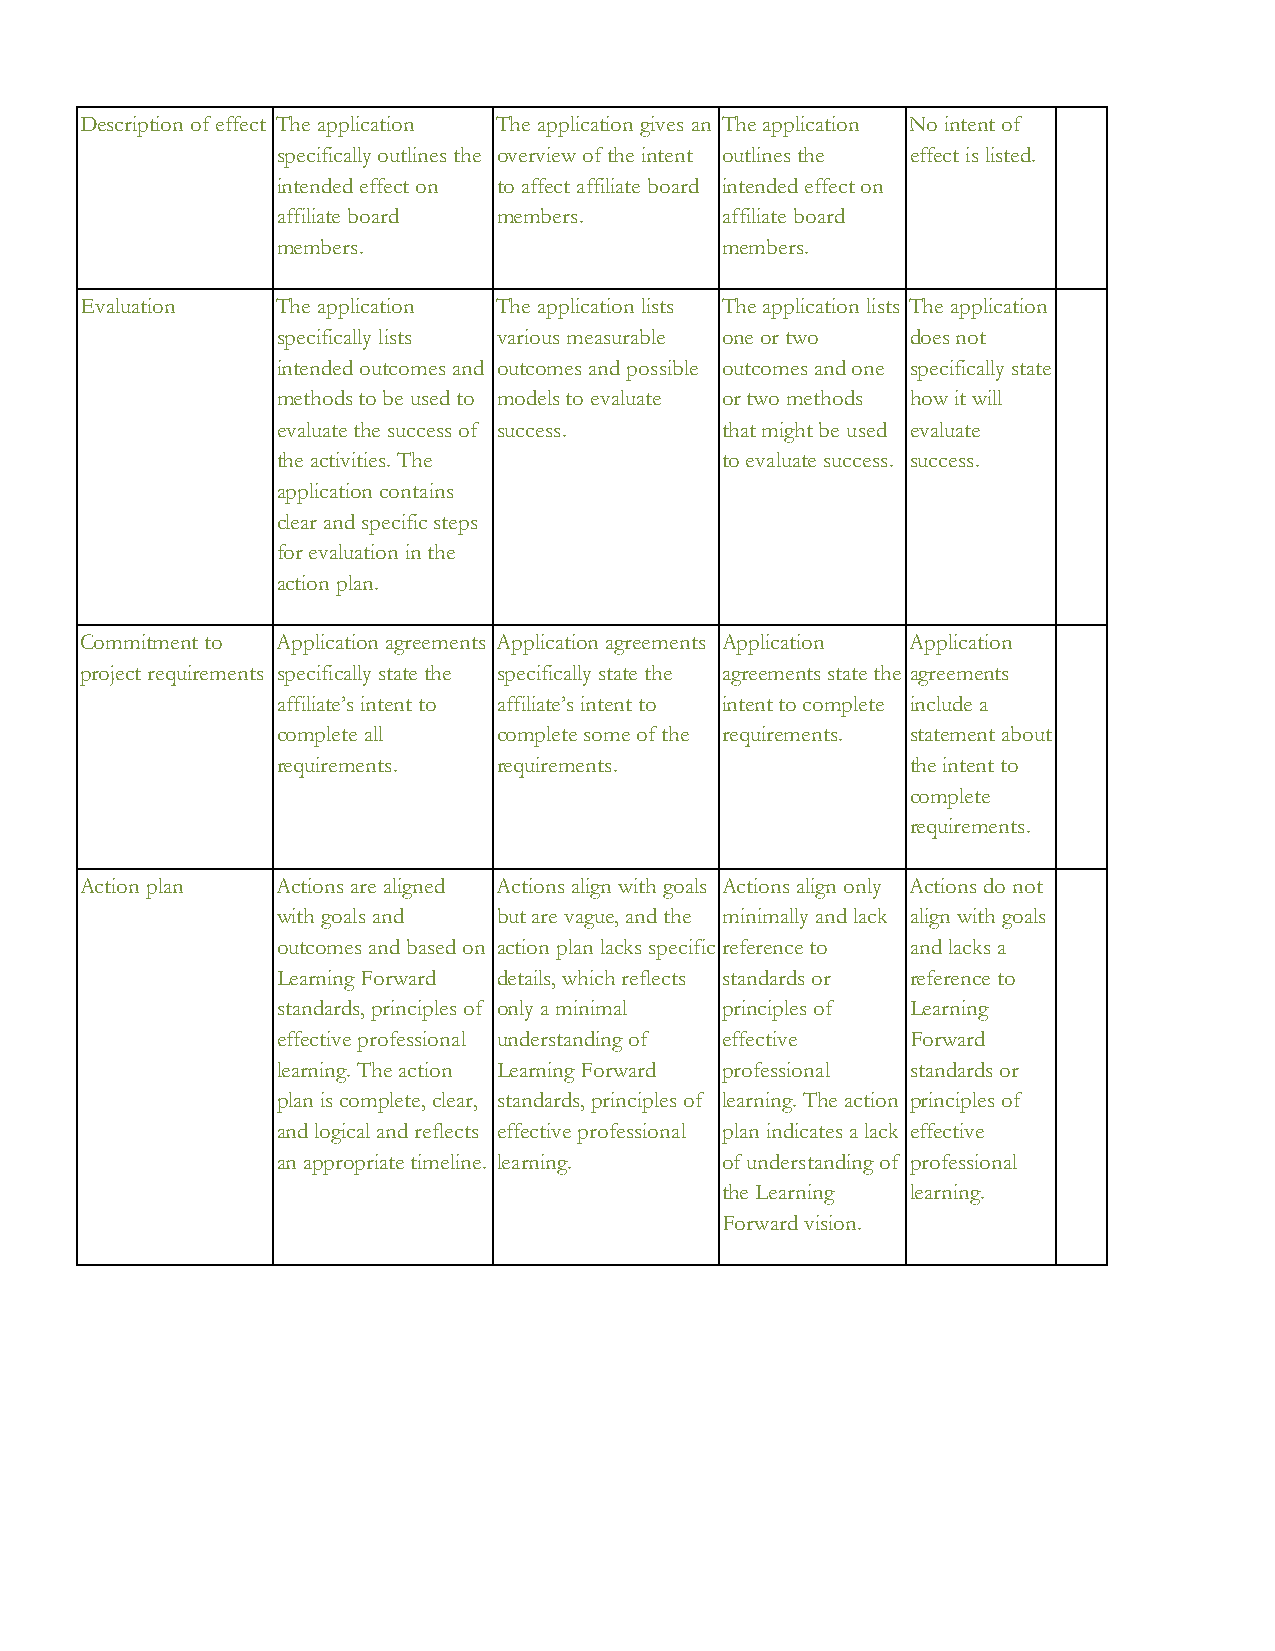
Description of effect The application The application gives an The application No intent of
 specifically outlines the overview of the intent outlines the effect is listed.
 intended effect on to affect affiliate board intended effect on
 affiliate board members.      affiliate board
 members.                      members.
 Evaluation   The application The application lists The application lists The application
 specifically lists various measurable one or two does not
 intended outcomes and outcomes and possible outcomes and one specifically state
 methods to be used to models to evaluate or two methods how it will
 evaluate the success of success. that might be used evaluate
 the activities. The           to evaluate success. success.
 application contains
 clear and specific steps
 for evaluation in the
 action plan.
 Commitment to Application agreements Application agreements Application Application
 project requirements specifically state the specifically state the agreements state the agreements
 affiliate’s intent to affiliate’s intent to intent to complete include a
 complete all   complete some of the requirements. statement about
 requirements.  requirements.              the intent to
 complete
 requirements.
 Action plan  Actions are aligned Actions align with goals Actions align only Actions do not
 with goals and but are vague, and the minimally and lack align with goals
 outcomes and based on action plan lacks specific reference to and lacks a
 Learning Forward details, which reflects standards or reference to
 standards, principles of only a minimal principles of Learning
 effective professional understanding of effective Forward
 learning. The action Learning Forward professional standards or
 plan is complete, clear, standards, principles of learning. The action principles of
 and logical and reflects effective professional plan indicates a lack effective
 an appropriate timeline. learning. of understanding of professional
 the Learning learning.
 Forward vision.